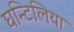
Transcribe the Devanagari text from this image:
घन्टिलिया